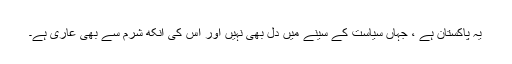
یہ پاکستان ہے ، جہاں سیاست کے سینے میں دل بھی نہیں اور اس کی آنکھ شرم سے بھی عاری ہے۔